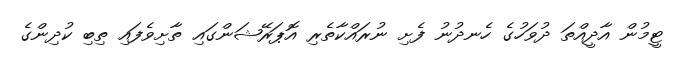
ޓީމުން އާދީއްތަ ދުވަހުގެ ހެނދުނު ފެށި ނުރައްކާތެރި އޮޕަރޭޝަންގައި ތާށިވެފައި ތިބި ކުދިންގެ